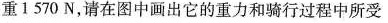
重1570N，请在图中画出它的重力和骑行过程中所受